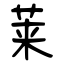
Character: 莱